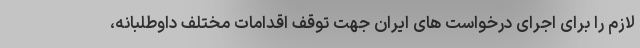
لازم را برای اجرای درخواست های ایران جهت توقف اقدامات مختلف داوطلبانه،